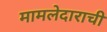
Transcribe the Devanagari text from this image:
मामलेदाराची